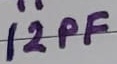
Text: 12PF